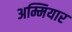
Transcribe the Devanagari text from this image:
अम्मियार